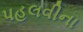
પહલવીના